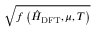
\sqrt { f \left( \hat { H } _ { \mathrm { D F T } } , \mu , T \right) }